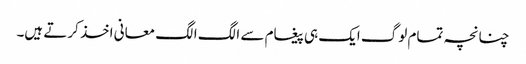
چنانچہ تمام لوگ ایک ہی پیغام سے الگ الگ معانی اخذ کرتے ہیں۔